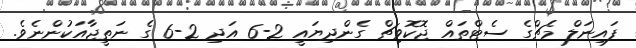
ފައިނަލް މެޗްގެ ސެޓްތައް ޖޮކޮވިޗް ގެންދިޔައީ 2-6 އަދި 2-6 ގެ ނަތީޖާއަކުންނެވެ.